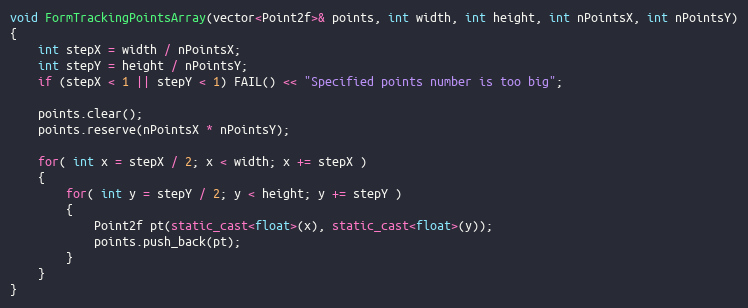
Language: C++
void FormTrackingPointsArray(vector<Point2f>& points, int width, int height, int nPointsX, int nPointsY)
{
    int stepX = width / nPointsX;
    int stepY = height / nPointsY;
    if (stepX < 1 || stepY < 1) FAIL() << "Specified points number is too big";

    points.clear();
    points.reserve(nPointsX * nPointsY);

    for( int x = stepX / 2; x < width; x += stepX )
    {
        for( int y = stepY / 2; y < height; y += stepY )
        {
            Point2f pt(static_cast<float>(x), static_cast<float>(y));
            points.push_back(pt);
        }
    }
}